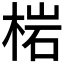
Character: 𭪦